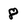
Character: 8